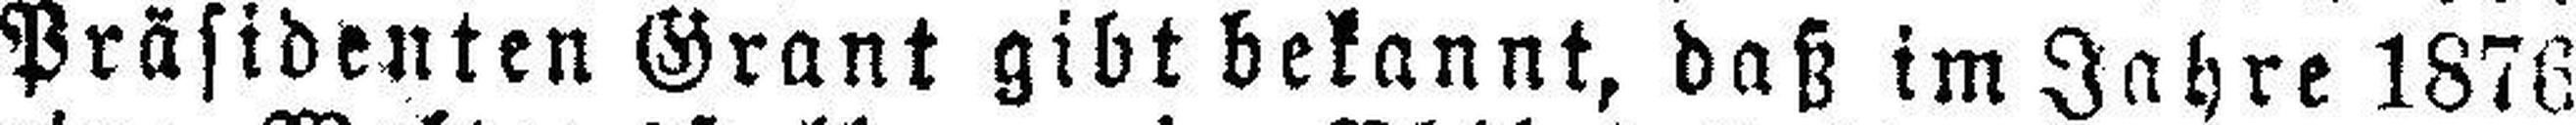
Präsidenten Grant gibt bekannt, daß im Jahre 1876